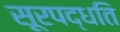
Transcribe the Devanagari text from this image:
सूरपद्धति